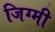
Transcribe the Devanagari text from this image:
जिग्मी